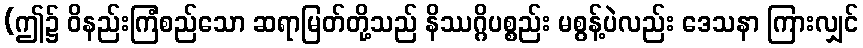
(ဤ၌ ဝိနည်းကြံစည်သော ဆရာမြတ်တို့သည် နိဿဂ္ဂိပစ္စည်း မစွန့်ပဲလည်း ဒေသနာ ကြားလျှင်